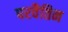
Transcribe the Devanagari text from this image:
परवैतिन